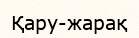
Қару-жарақ